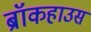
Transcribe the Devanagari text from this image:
ब्रॉकहाउस